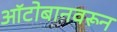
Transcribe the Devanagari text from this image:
ऑटोबानवरून